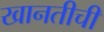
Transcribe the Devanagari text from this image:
खानतीची